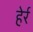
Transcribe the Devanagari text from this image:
हेर्र